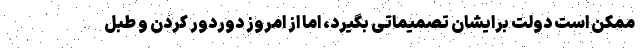
ممکن است دولت برایشان تصمیماتی بگیرد، اما از امروز دوردور کردن و طبل